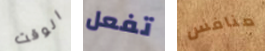
الوقت تفعل منافس